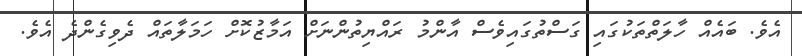
އެވެ. ބައެއް ހާލަތްތަކުގައި ގަސްތުގައިވެސް އާންމު ރައްޔިތުންނަށް އަމާޒުކޮށް ހަމަލާތައް ދެވިގެންދެ އެވެ.